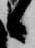
候